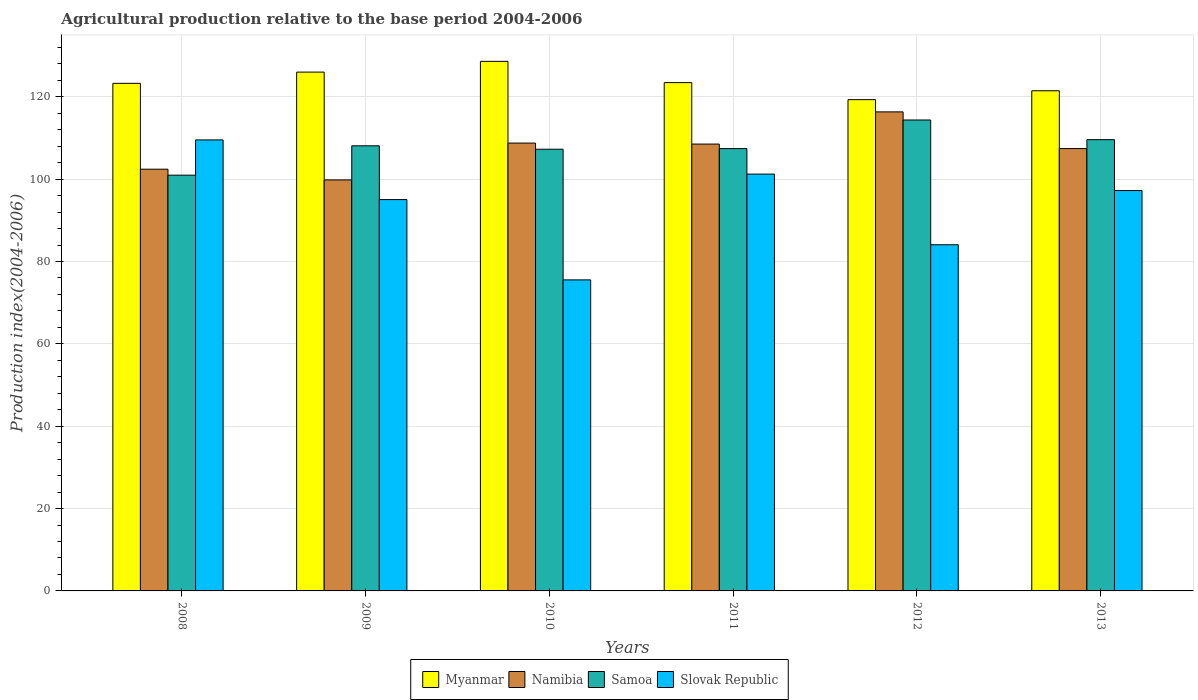
| Years | Myanmar | Namibia | Samoa | Slovak Republic |
 | --- | --- | --- | --- | --- |
 | 2008 | 123 | 102 | 101 | 110 |
 | 2009 | 126 | 99.8 | 108 | 95 |
 | 2010 | 129 | 109 | 107 | 75.5 |
 | 2011 | 123 | 109 | 107 | 101 |
 | 2012 | 119 | 116 | 114 | 84.1 |
 | 2013 | 121 | 107 | 110 | 97.2 |